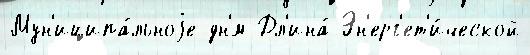
Мун'иципа́льноjе дн'́м Дл'ина́ Эн'ерг'ет'и́ческой